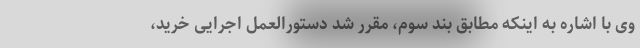
وی با اشاره به اینکه مطابق بند سوم، مقرر شد دستورالعمل اجرایی خرید،